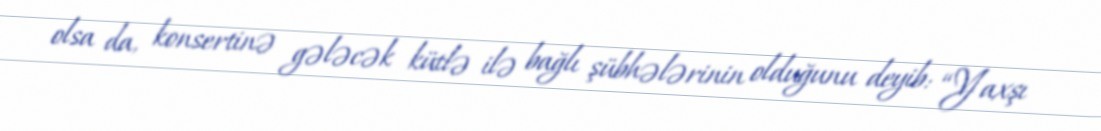
olsa da, konsertinə gələcək kütlə ilə bağlı şübhələrinin olduğunu deyib: “Yaxşı